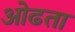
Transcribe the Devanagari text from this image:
ओढता